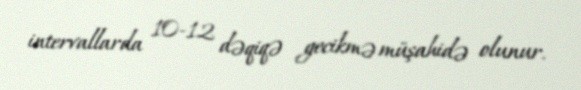
intervallarda 10-12 dəqiqə gecikmə müşahidə olunur.